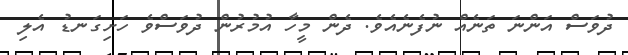
ދުވަސް އަންނަ ތަނެއް ނުފެނެއެވެ. ދެން މީހާ އުމުރުން ދުވަސްވެ ހަށިގަނޑު އެލި